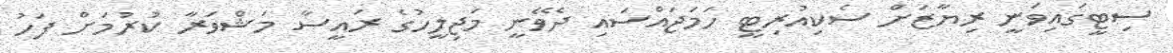
ސިޓީގައިވަނީ ރިޔާޒަށް ސެކިއުރިޓީ ހަމަޖައްސައި ދެވޭނީ މަޖިލީހުގެ ރައީސާ މަޝްވަރާ ކުރުމަށް ފަހު